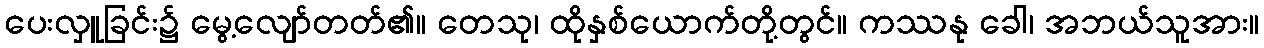
ပေးလှူခြင်း၌ မွေ့လျော်တတ်၏။ တေသု၊ ထိုနှစ်ယောက်တို့တွင်။ ကဿနု ခေါ၊ အဘယ်သူအား။